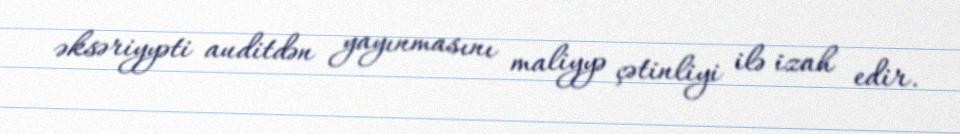
əksəriyyəti auditdən yayınmasını maliyyə çətinliyi ilə izah edir.